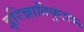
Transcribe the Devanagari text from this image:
इरिन्नातिकुटल